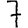
Digit: 7